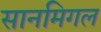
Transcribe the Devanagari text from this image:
सानमिगल